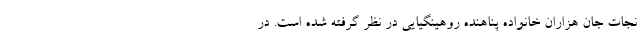
نجات جان هزاران خانواده پناهنده روهینگیایی در نظر گرفته شده است. در